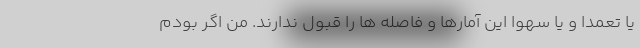
یا تعمدا و یا سهوا این آمارها و فاصله ها را قبول ندارند. من اگر بودم